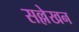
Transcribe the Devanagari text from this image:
सल्लेखन